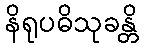
နိရုပဓိသုခန္တိ